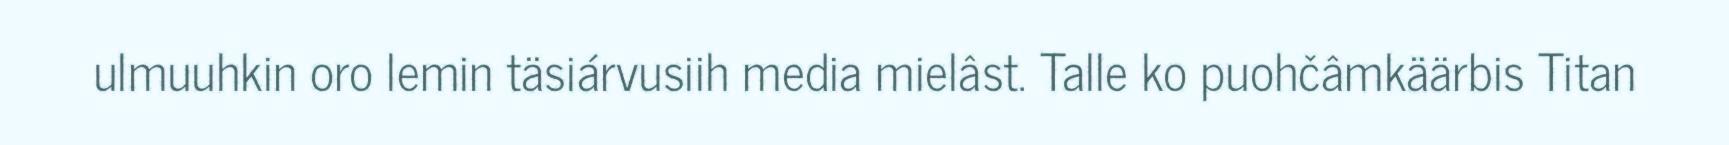
ulmuuhkin oro lemin täsiárvusiih media mielâst. Talle ko puohčâmkäärbis Titan